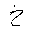
Letter: _kha